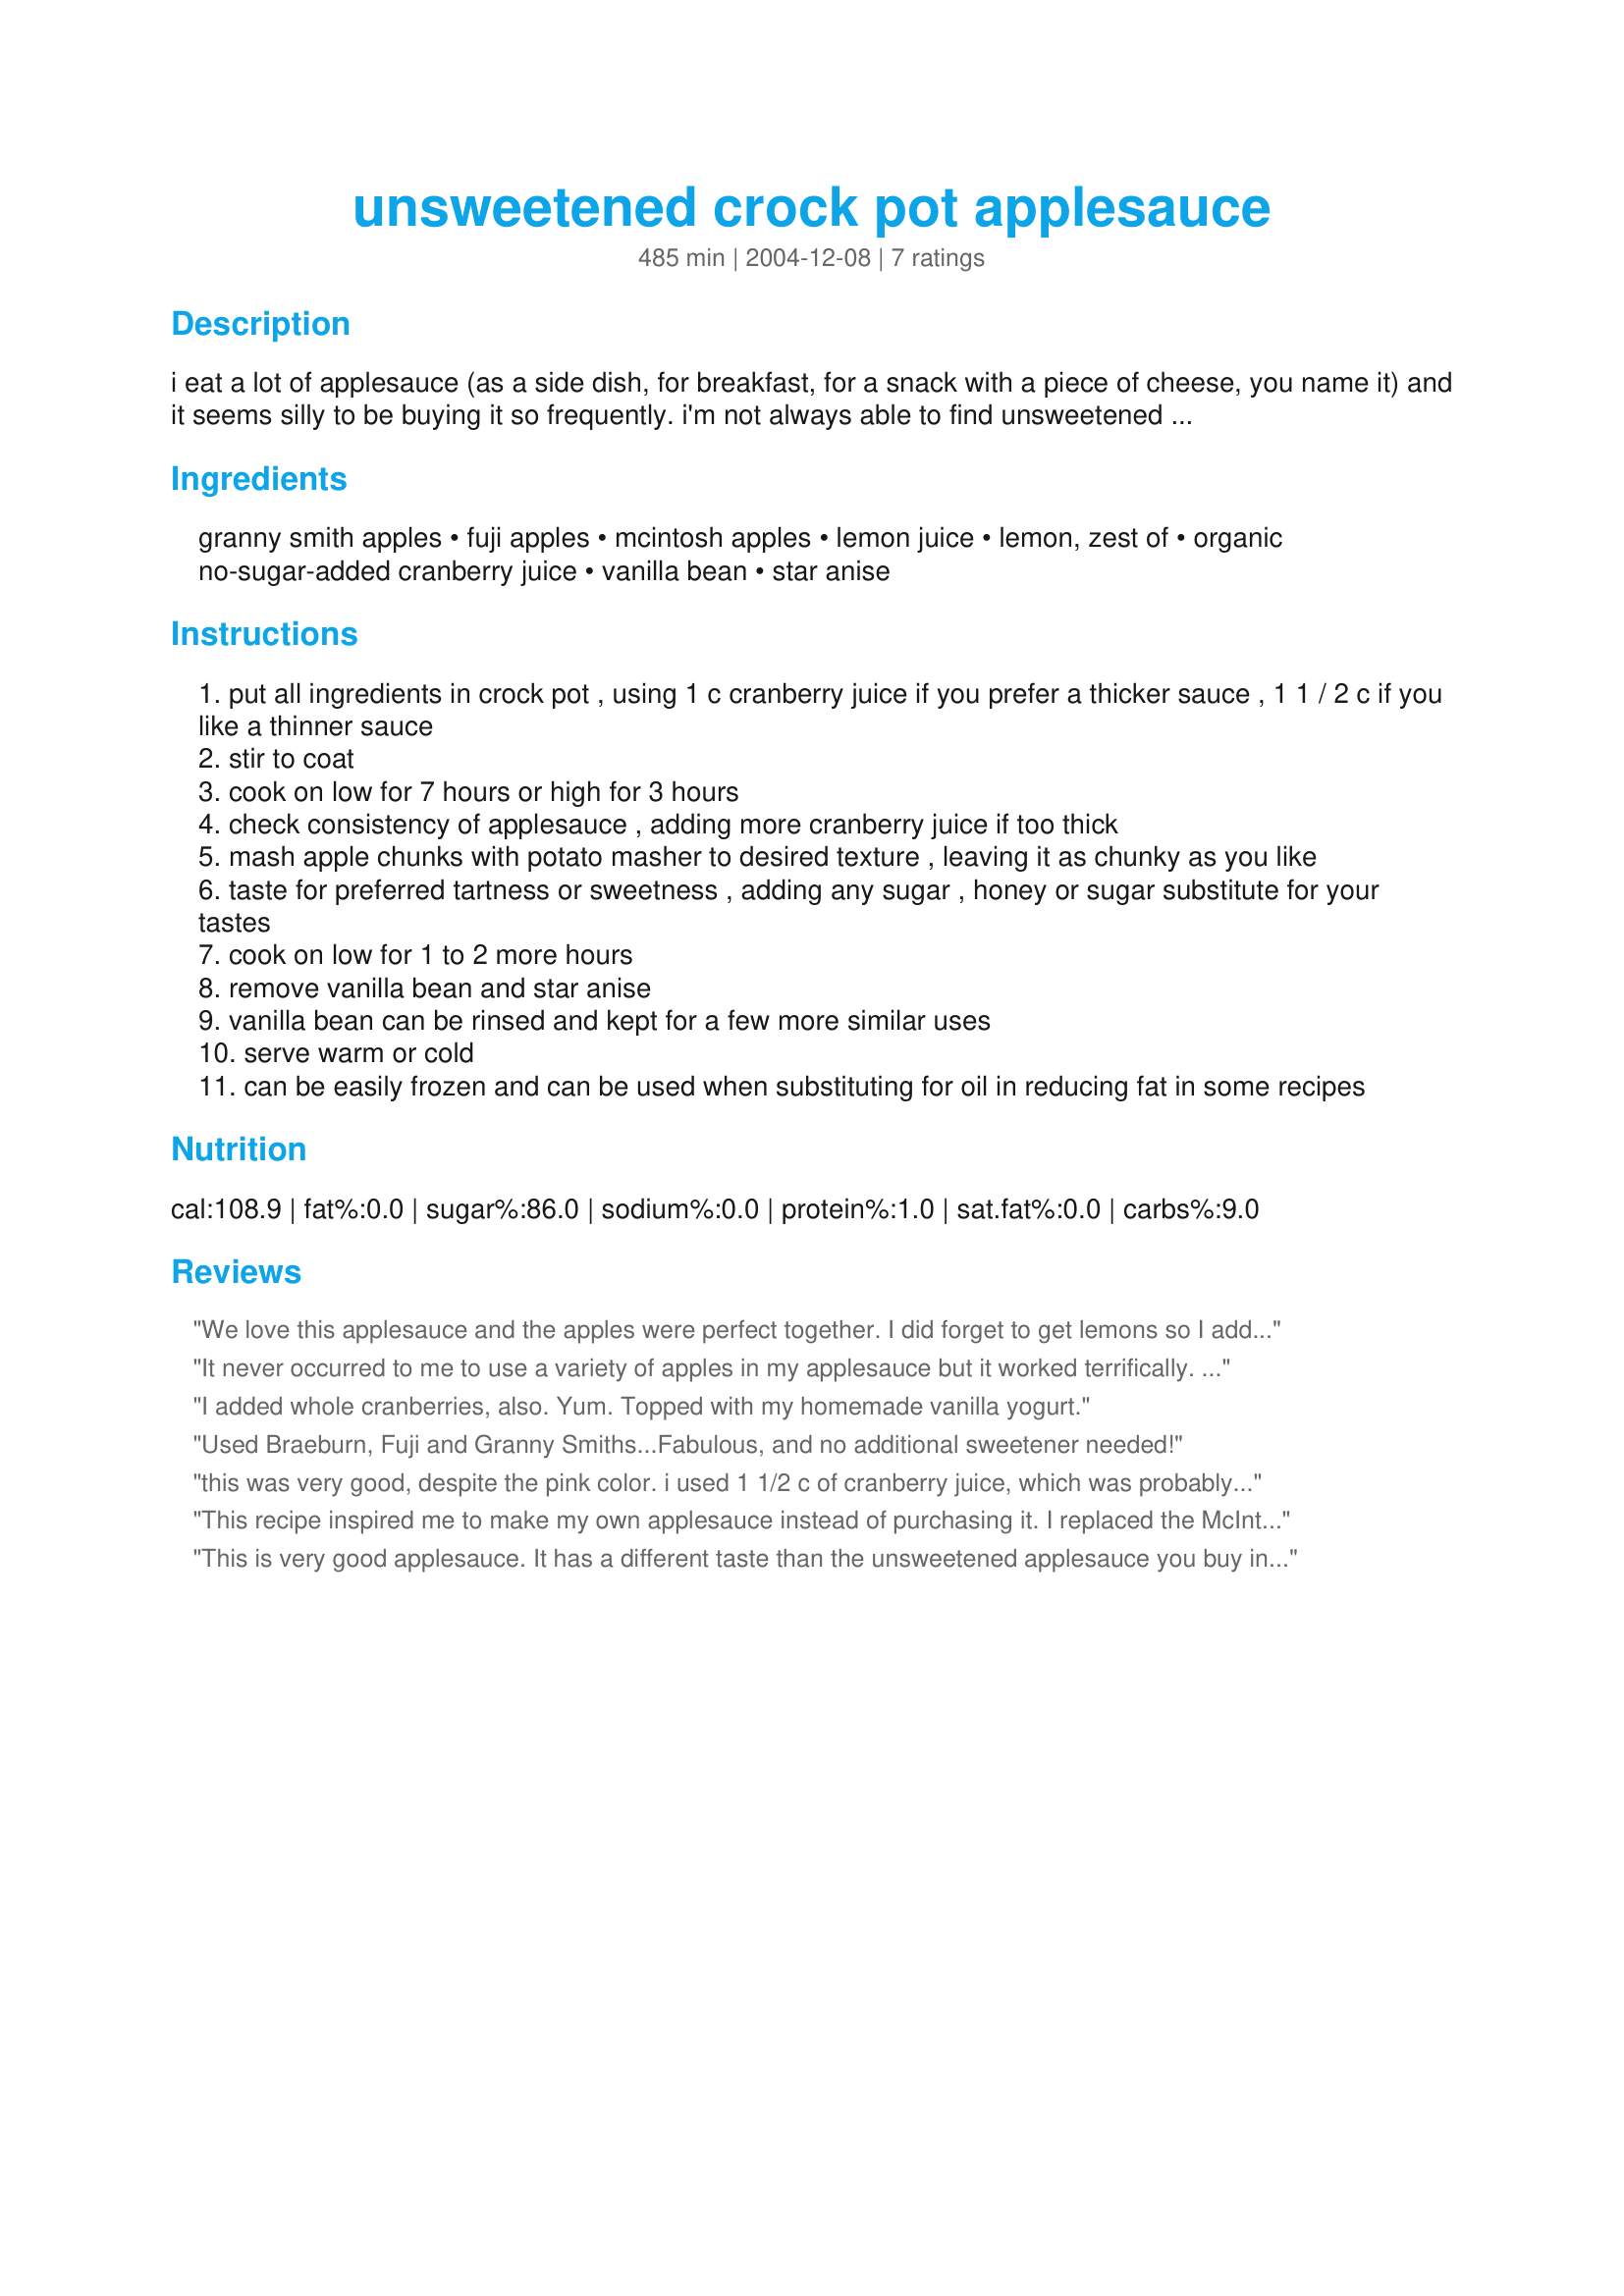
unsweetened crock pot applesauce
Preparation time: 485 minutes

i eat a lot of applesauce (as a side dish, for breakfast, for a snack with a piece of cheese, you name it) and it seems silly to be buying it so frequently. i'm not always able to find unsweetened kind every single time i go to the store, so i make my own when i can, the way i like it and i finally got around to writing things down last night when i made a batch. some may prefer a little more sweet in this recipe or may need to compensate for the apples being more more tart occasionally than other times. the types of apples i use vary, but i try for 2 or more kinds, any combination except red or golden delicious as these types don't seem to make good applesauce. organic seem to be best, but the selection wasn't very good for buying for this batch, so i peeled the non-organic apples before coring and chopping because i didn't want all the wax, but peeling is not an absolutely necessary step. throwing it all in the crock pot is so easy and makes the house smell so nice!

Ingredients:
granny smith apples, fuji apples, mcintosh apples, lemon juice, lemon, zest of, organic no-sugar-added cranberry juice, vanilla bean, star anise

Steps:
put all ingredients in crock pot , using 1 c cranberry juice if you prefer a thicker sauce , 1 1 / 2 c if you like a thinner sauce
stir to coat
cook on low for 7 hours or high for 3 hours
check consistency of applesauce , adding more cranberry juice if too thick
mash apple chunks with potato masher to desired texture , leaving it as chunky as you like
taste for preferred tartness or sweetness , adding any sugar , honey or sugar substitute for your tastes
cook on low for 1 to 2 more hours
remove vanilla bean and star anise
vanilla bean can be rinsed and kept for a few more similar uses
serve warm or cold
can be easily frozen and can be used when substituting for oil in reducing fat in some recipes

Reviews:
We love this applesauce and the apples were perfect together. I did forget to get lemons so I added about 1/2 teaspoon of lemon flavoring, peeled the apples, added the star anise, and used 1 1/2 cups cranberry juice. This applesauce is so much better than what can be bought in the store!
It never occurred to me to use a variety of apples in my applesauce but it worked terrifically. The pink of the cranberry juice was a bit off-putting but it is pretty. I understand lemon juice also turns applesauce pink. Most difficult part is peeling and coring the apples but I just got a mechanical one for Christmas so I'm looking forward to next year's apple crop. I'll zoom through this and I'll also try sugar free white grape juice for sweetening and skip the lemon juice.
I added whole cranberries, also. Yum. Topped with my homemade vanilla yogurt.
Used Braeburn, Fuji and Granny Smiths...Fabulous, and no additional sweetener needed!
this was very good, despite the pink color. i used 1 1/2 c of cranberry juice, which was probably too much, as we prefer ours with less liquid and more chunks. i cooked mine on hi for 3 hrs, then added 2 tbsp of honey, as this was quite tart.
i'm going to try to use some in my applesauce dessert cakes.
This recipe inspired me to make my own applesauce instead of purchasing it. I replaced the McIntosh apples with Jonagolds, used cinnamon instead of star anise and concentrated black cherry juice instead of cranberry juice. The apples were quite juicy enough without the extra liquid, so I just added enough concentrate to sweeten a little. My mother used to make her own sauce and freeze it. I miss her and her sauce. This is easy and I'll be freezing my own from now on. Thank you for the reminder of my mother and the inspiration. My 14 month old grandson got a taste of it and signed for more. My mother's legacy will live on in her great grandson thanks to you.
This is very good applesauce. It has a different taste than the unsweetened applesauce you buy in the store, I'm not sure if it was from the cranberry juice or the lemon. Definately start out with 1 cup of cranberry juice! The apples make it juicy and I did not need to add more. I peeled my apples, my picky kids prob would not have eaten it if I left them on. The only thing I did different was to add a little bit of cinnamon when it was done. All in all, it is very good and I will make it again. Thanks bikerchick for sharing the recipe! Renee
